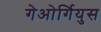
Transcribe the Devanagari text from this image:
गेओर्गियुस